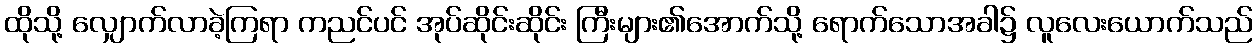
ထိုသို့ လျှောက်လာခဲ့ကြရာ ကညင်ပင် အုပ်ဆိုင်းဆိုင်း ကြီးများ၏အောက်သို့ ရောက်သောအခါ၌ လူလေးယောက်သည်